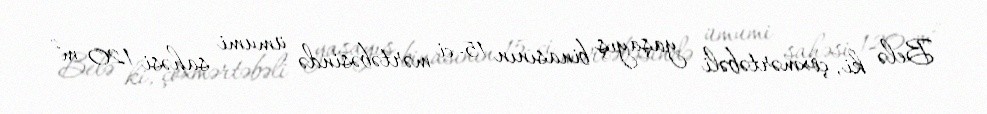
Belə ki, çoxmərtəbəli yaşayış binasının 15-ci mərtəbəsində ümumi sahəsi 120 m²